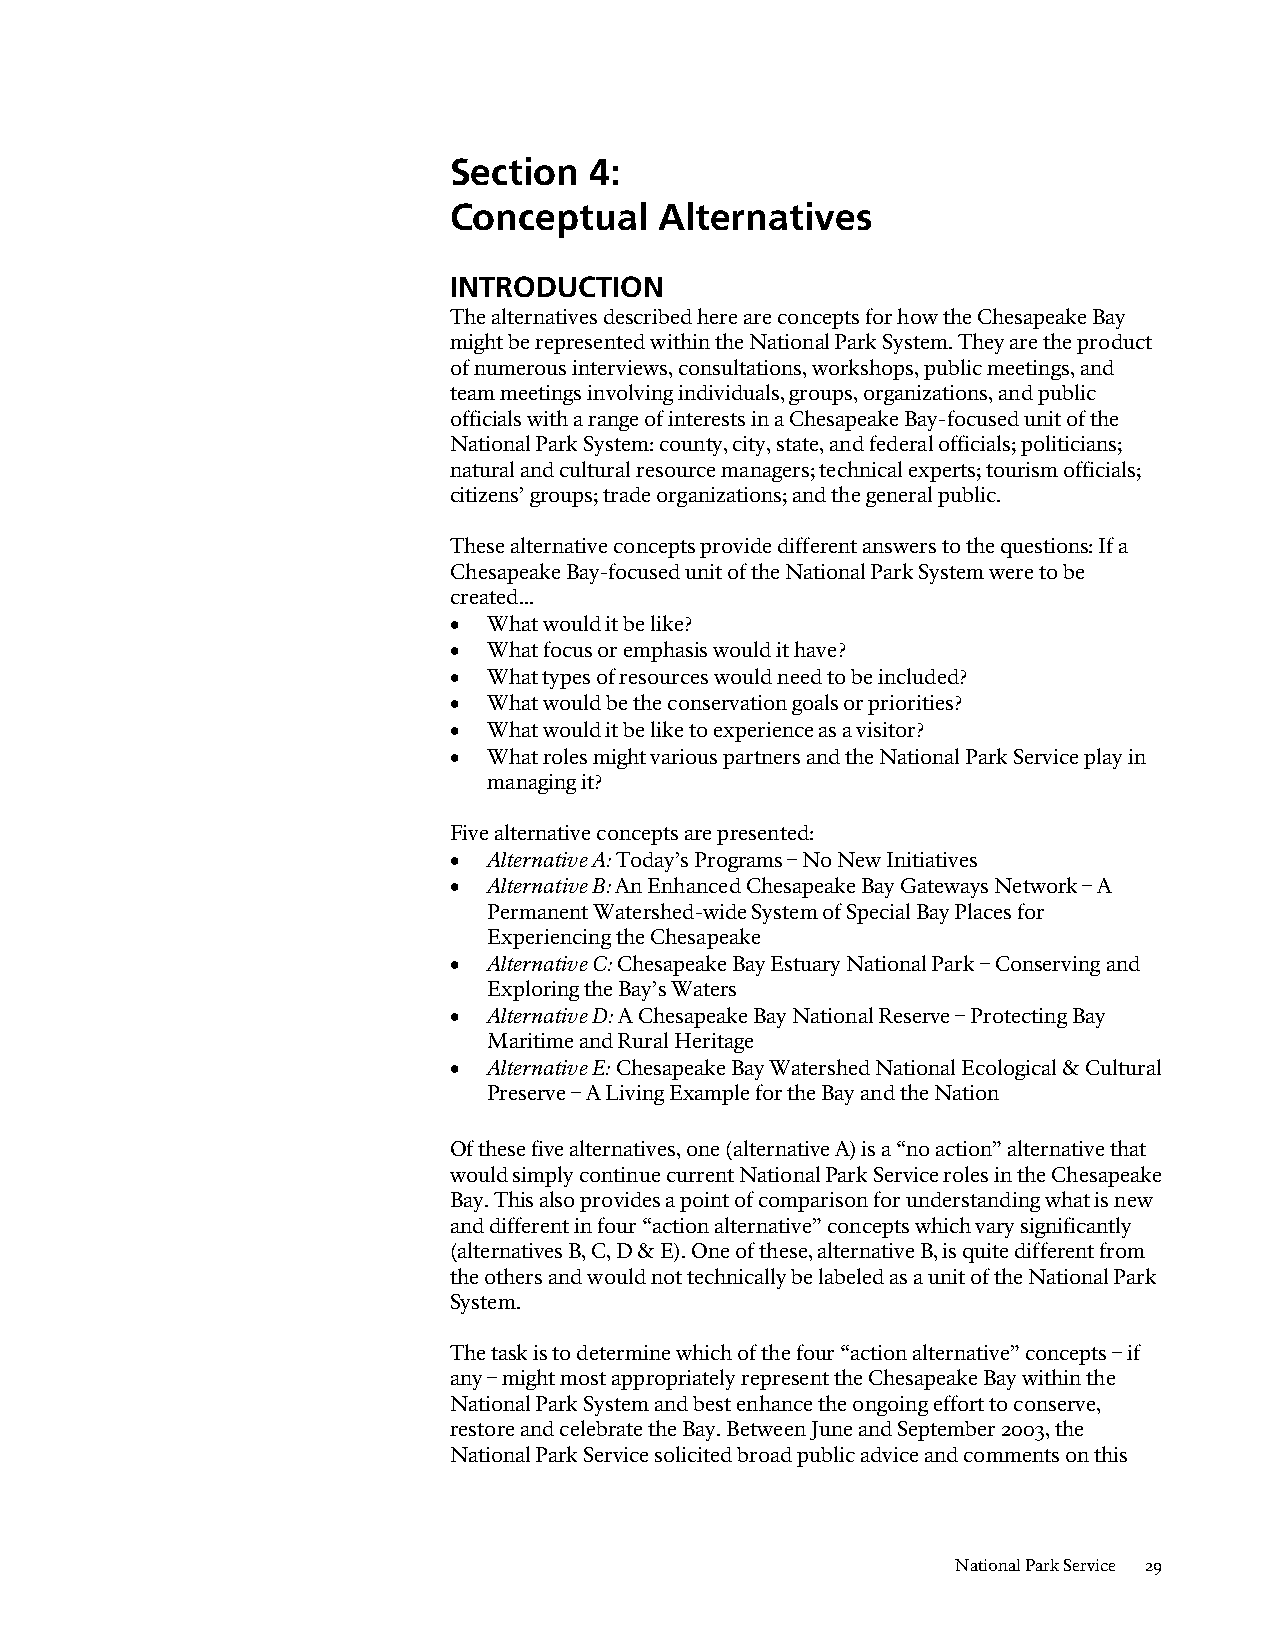
Section  4:
 Conceptual    Alternatives
 INTRODUCTION
 The alternatives described here are concepts for how the Chesapeake Bay
 might be represented within the National Park System. They are the product
 of numerous interviews, consultations, workshops, public meetings, and
 team meetings involving individuals, groups, organizations, and public
 officials with a range of interests in a Chesapeake Bay-focused unit of the
 National Park System: county, city, state, and federal officials; politicians;
 natural and cultural resource managers; technical experts; tourism officials;
 citizens’ groups; trade organizations; and the general public.
 These alternative concepts provide different answers to the questions: If a
 Chesapeake Bay-focused unit of the National Park System were to be
 created...
 • What would it be like?
 • What focus or emphasis would it have?
 • What types of resources would need to be included?
 • What would be the conservation goals or priorities?
 • What would it be like to experience as a visitor?
 • What roles might various partners and the National Park Service play in
 managing it?
 Five alternative concepts are presented:
 • Alternative A: Today’s Programs – No New Initiatives
 • Alternative B: An Enhanced Chesapeake Bay Gateways Network – A
 Permanent Watershed-wide System of Special Bay Places for
 Experiencing the Chesapeake
 • Alternative C: Chesapeake Bay Estuary National Park – Conserving and
 Exploring the Bay’s Waters
 • Alternative D: A Chesapeake Bay National Reserve – Protecting Bay
 Maritime and Rural Heritage
 • Alternative E: Chesapeake Bay Watershed National Ecological & Cultural
 Preserve – A Living Example for the Bay and the Nation
 Of these five alternatives, one (alternative A) is a “no action” alternative that
 would simply continue current National Park Service roles in the Chesapeake
 Bay. This also provides a point of comparison for understanding what is new
 and different in four “action alternative” concepts which vary significantly
 (alternatives B, C, D & E). One of these, alternative B, is quite different from
 the others and would not technically be labeled as a unit of the National Park
 System.
 The task is to determine which of the four “action alternative” concepts – if
 any – might most appropriately represent the Chesapeake Bay within the
 National Park System and best enhance the ongoing effort to conserve,
 restore and celebrate the Bay. Between June and September 2003, the
 National Park Service solicited broad public advice and comments on this
 National Park Service 29